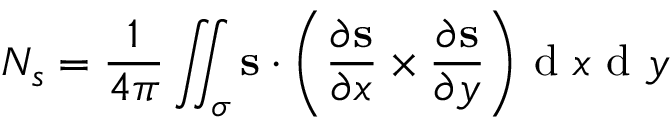
N _ { s } = \frac { 1 } { 4 \pi } \iint _ { \sigma } { \mathbf { s } \cdot \left( \frac { \partial \mathbf { s } } { \partial x } \times \frac { \partial \mathbf { s } } { \partial y } \right) } \mathrm { ~ d ~ } x \mathrm { ~ d ~ } y